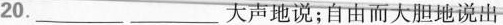
20. ___ ___ 大声地说;自由而大胆地说出